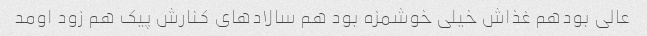
عالی بودهم غذاش خیلی خوشمزه بود هم سالاد‌های کنارش پیک هم زود اومد